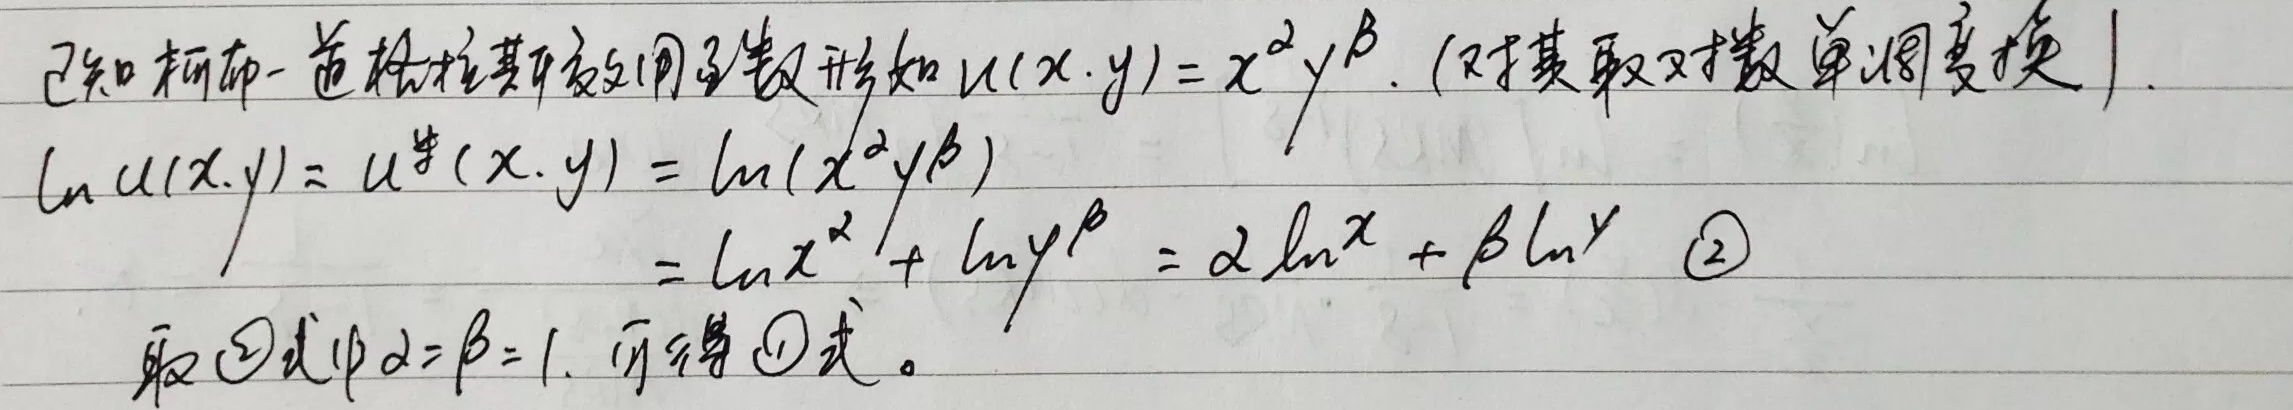
已知柯布 - 道格拉斯型效用函数形如\(u(x,y)=x^{\alpha}y^{\beta}\)。（对其取对数单调变换）\(\ln u(x,y)=u^{*}(x,y)=\ln(x^{\alpha}y^{\beta})=\ln x^{\alpha}+\ln y^{\beta}=\alpha\ln x+\beta\ln y\)  \textcircled{2}取\textcircled{2}式中\(\alpha = \beta = 1\)，可得\textcircled{1}式。